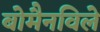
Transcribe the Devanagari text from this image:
बोमैनविले